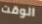
الوقت